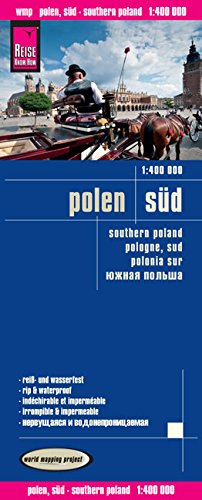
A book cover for Polen sud = Southern Poland = Pologne, sud = Polonia sur = IUzhnaia Pol'sha; Reise Know-How Verlag; Travel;